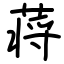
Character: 蒋